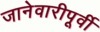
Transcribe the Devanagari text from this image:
जानेवारीपूर्वी